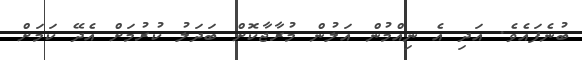
ބުނެފައެވެ. އަދި އެ ނިއްމުން އަލުން މުރާޖާކޮށް ބަދަލު ކުރުމަށް އެދޭ ކަމަށް